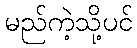
မည်ကဲ့သို့ပင်